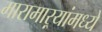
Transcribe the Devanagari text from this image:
मारामाऱ्यांमध्ये